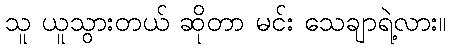
သူ ယူသွားတယ် ဆိုတာ မင်း သေချာရဲ့လား။